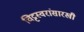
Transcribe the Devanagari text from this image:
चिट्टस्वरांसारखी